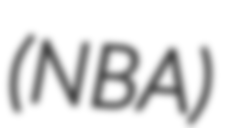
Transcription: (NBA)